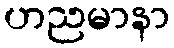
ဟညမာနာ